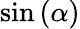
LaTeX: \sin\left(\alpha\right)